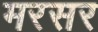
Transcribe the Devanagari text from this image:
मरसर